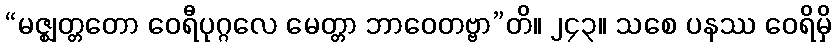
“မဇ္ဈတ္တတော ဝေရီပုဂ္ဂလေ မေတ္တာ ဘာဝေတဗ္ဗာ”တိ။ ၂၄၃။ သစေ ပနဿ ဝေရိမှိ